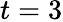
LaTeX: t=3